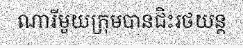
ណារីមួយក្រុមបានជិះរថយន្ត